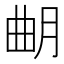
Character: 𣌴